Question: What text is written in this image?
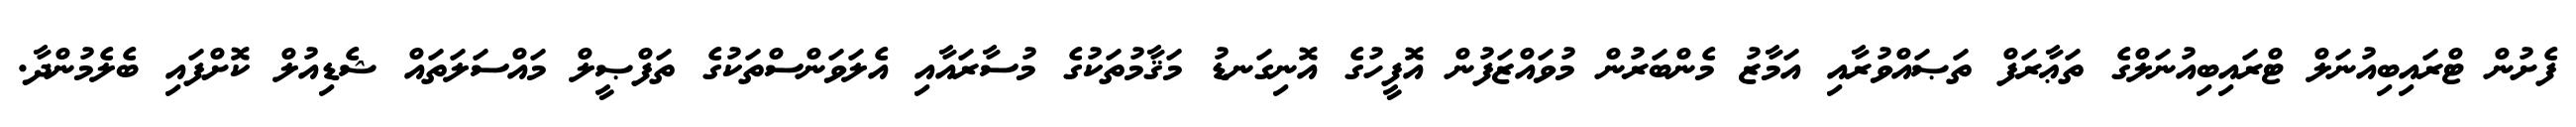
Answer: ފެށުން ޓްރައިބިއުނަލް ޓްރައިބިއުނަލްގެ ތަޢާރަފް ތަޞައްވުރާއި އަމާޒު މެންބަރުން މުވައްޒަފުން އޮފީހުގެ އޮނިގަނޑު މަޤާމުތަކުގެ މުސާރައާއި އެލަވަންސްތަކުގެ ތަފްޞީލް މައްސަލަތައް ޝެޑިއުލް ކޮށްފައި ބެލެމުންދާ.